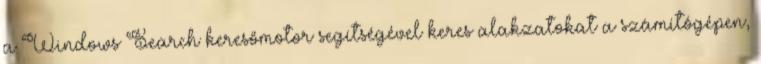
a Windows Search keresőmotor segítségével keres alakzatokat a számítógépen,